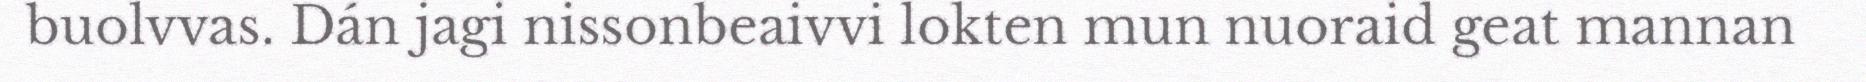
buolvvas. Dán jagi nissonbeaivvi lokten mun nuoraid geat mannan